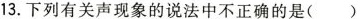
13.下列有关声现象的说法中不正确的是()